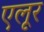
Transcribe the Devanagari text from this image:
एलूर